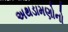
અથડામણોનો